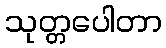
သုတ္တပေါတာ